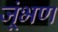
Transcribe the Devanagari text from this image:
जूंभण